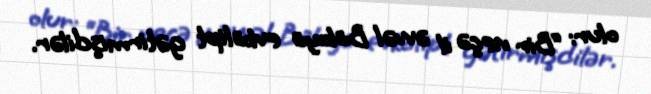
olur: “Bir neçə il əvvəl Bakıya evkalipt gətirmişdilər.